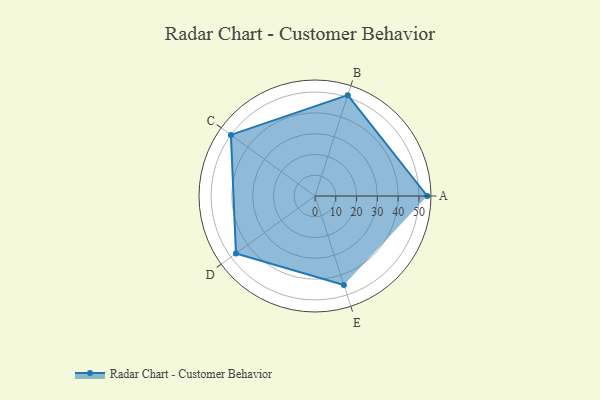
{"axis": {"x": "Skill", "y": "Score"}, "legend": ["Profile"], "data": [{"x": "A", "y": 54.0, "type": "Profile"}, {"x": "B", "y": 51.0, "type": "Profile"}, {"x": "C", "y": 50.0, "type": "Profile"}, {"x": "D", "y": 47.0, "type": "Profile"}, {"x": "E", "y": 45.0, "type": "Profile"}]}